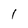
Character: I